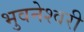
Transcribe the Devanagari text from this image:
भुवनेश्‍वरी